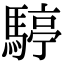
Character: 𩤙